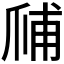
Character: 𱬺